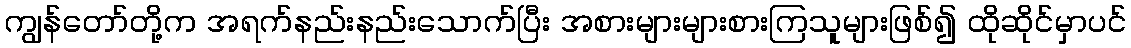
ကျွန်တော်တို့က အရက်နည်းနည်းသောက်ပြီး အစားများများစားကြသူများဖြစ်၍ ထိုဆိုင်မှာပင်